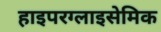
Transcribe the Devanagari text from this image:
हाइपरग्लाइसेमिक